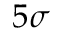
5 \sigma